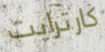
كارترايت